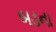
બડના